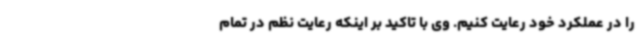
را در عملکرد خود رعایت کنیم. وی با تاکید بر اینکه رعایت نظم در تمام